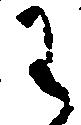
わ